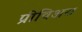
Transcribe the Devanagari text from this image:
प्रीविअस